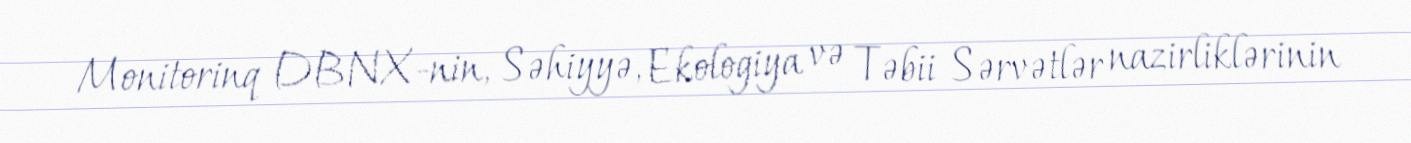
Monitorinq DBNX-nin, Səhiyyə, Ekologiya və Təbii Sərvətlər nazirliklərinin